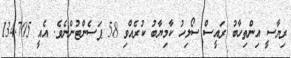
ރިޔާސީ އިންތިހާބު ރައީސް ސޯލިހު ކާމިޔާބު ކުރެއްވި 58 ޕަސެންޓުންނެވެ. އެއީ 134